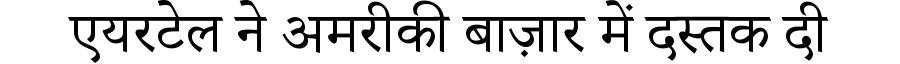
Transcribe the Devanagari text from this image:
एयरटेल ने अमरीकी बाज़ार में दस्तक दी